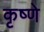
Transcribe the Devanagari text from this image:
कृष्णे